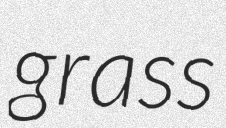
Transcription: grass